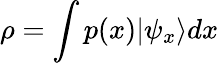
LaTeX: \rho=\int p(x)|\psi_{x}\rangle dx